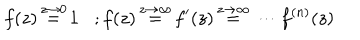
LaTeX: f ( z ) \, { \stackrel { z \to 0 } { = } } \, 1 ; f ( z ) \, { \stackrel { z \to \infty } { = } } \, f ^ { \prime } ( z ) \, { \stackrel { z \to \infty } { = } } \, \cdots f ^ { ( n ) } ( z ) \,